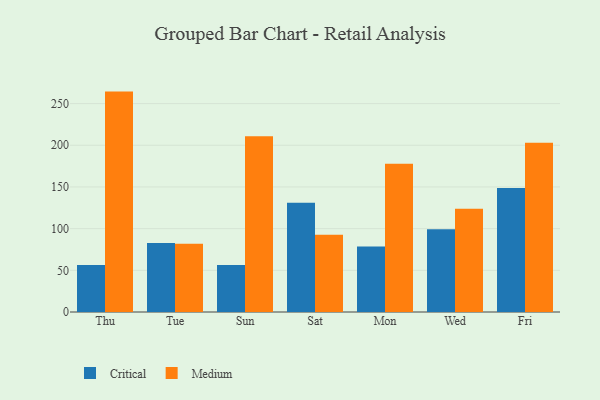
{"axis": {"x": "Day", "y": "Customer Acquisition Cost (USD)"}, "legend": ["Critical", "Medium"], "data": [{"x": "Thu", "y": 56.5, "type": "Critical"}, {"x": "Thu", "y": 264.4, "type": "Medium"}, {"x": "Tue", "y": 82.7, "type": "Critical"}, {"x": "Tue", "y": 82.0, "type": "Medium"}, {"x": "Sun", "y": 56.5, "type": "Critical"}, {"x": "Sun", "y": 210.7, "type": "Medium"}, {"x": "Sat", "y": 131.0, "type": "Critical"}, {"x": "Sat", "y": 92.7, "type": "Medium"}, {"x": "Mon", "y": 78.5, "type": "Critical"}, {"x": "Mon", "y": 177.8, "type": "Medium"}, {"x": "Wed", "y": 99.4, "type": "Critical"}, {"x": "Wed", "y": 123.8, "type": "Medium"}, {"x": "Fri", "y": 148.7, "type": "Critical"}, {"x": "Fri", "y": 203.0, "type": "Medium"}]}